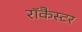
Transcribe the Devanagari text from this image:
रॉकैस्टर